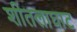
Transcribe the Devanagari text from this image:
शीतलाघाट